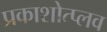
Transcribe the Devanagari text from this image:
प्रकाशोत्प्लव